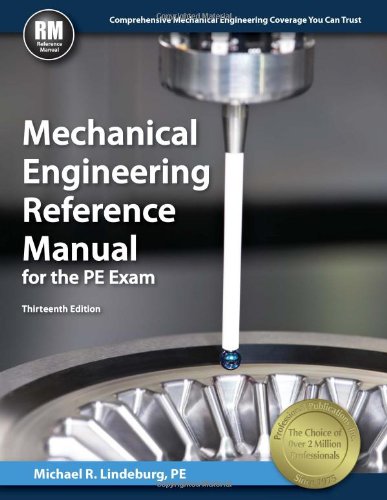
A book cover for Mechanical Engineering Reference Manual for the PE Exam; Michael  R. Lindeburg PE; Test Preparation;